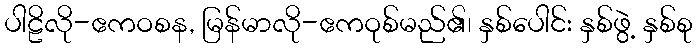
ပါဠိလို-ဧကဝစန, မြန်မာလို-ဧကဝုစ်မည်၏၊ နှစ်ပေါင်း နှစ်ဖွဲ့ နှစ်စု